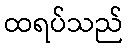
ထရပ်သည်